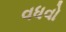
વધવો